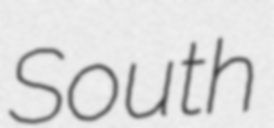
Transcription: South